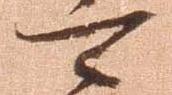
可